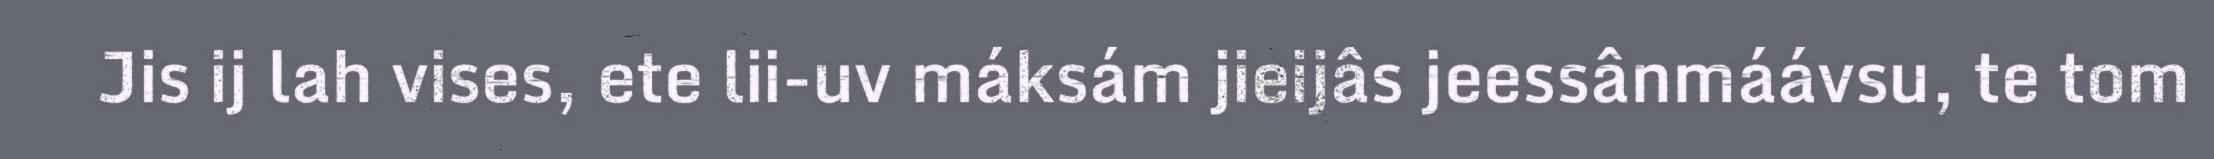
Jis ij lah vises, ete lii-uv máksám jieijâs jeessânmáávsu, te tom